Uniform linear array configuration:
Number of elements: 32
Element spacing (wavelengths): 0.75
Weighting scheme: kaiser
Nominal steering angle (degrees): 15
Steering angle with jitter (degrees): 14.994
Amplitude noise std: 0.05
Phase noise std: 0.05

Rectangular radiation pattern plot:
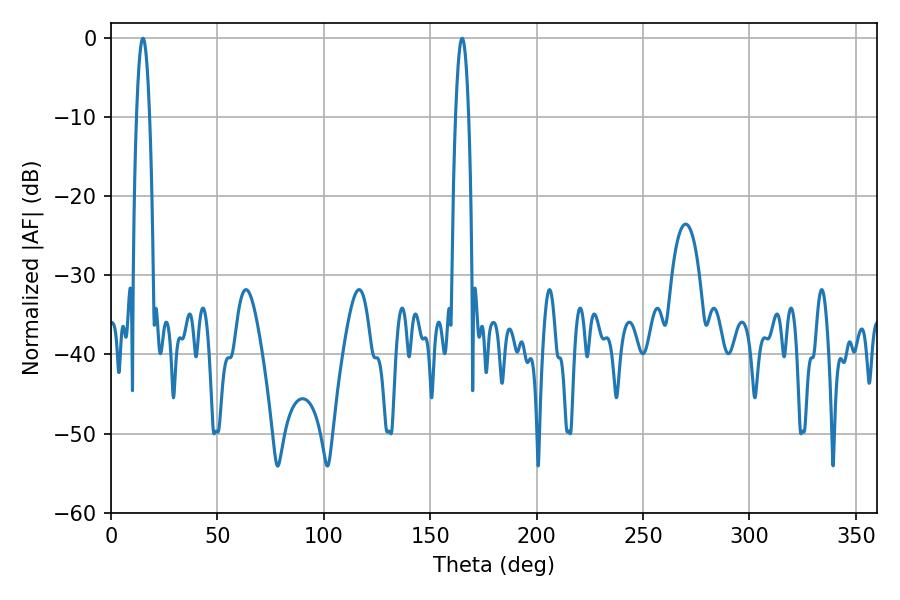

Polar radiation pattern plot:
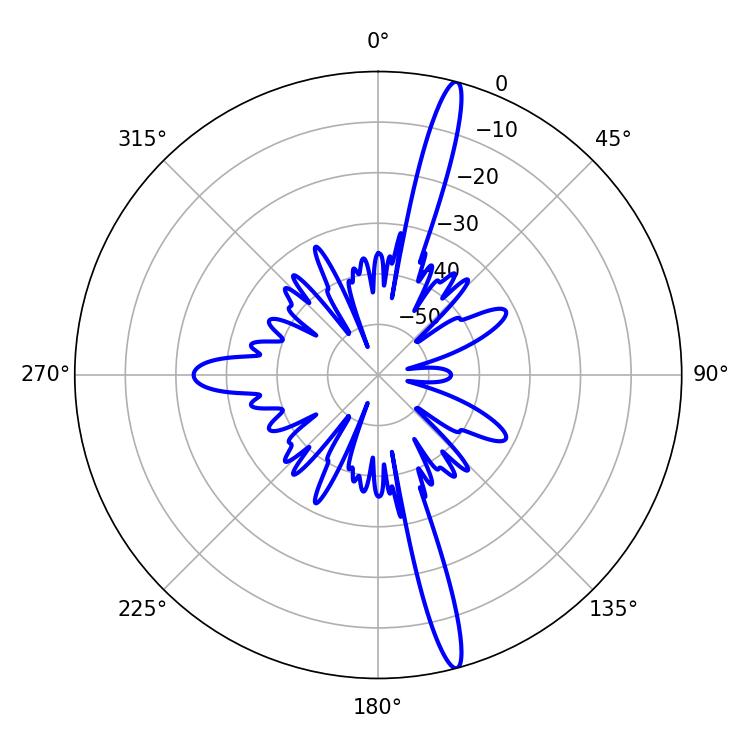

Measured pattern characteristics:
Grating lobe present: TRUE
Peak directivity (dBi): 17.87
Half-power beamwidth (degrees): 3.42
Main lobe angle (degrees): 14.94